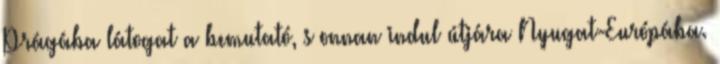
Prágába látogat a bemutató, s onnan indul útjára Nyugat-Európába.